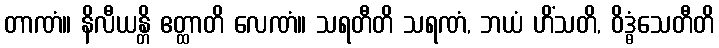
တာဏံ။ နိလီယန္တိ ဧတ္ထာတိ လေဏံ။ သရတီတိ သရဏံ, ဘယံ ဟိံသတိ, ဝိဒ္ဓံသေတီတိ